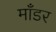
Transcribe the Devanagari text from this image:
माँडर